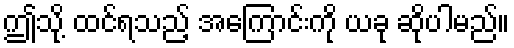
ဤသို့ ထင်ရသည့် အကြောင်းကို ယခု ဆိုပါမည်။